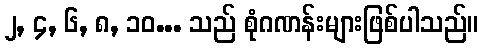
၂, ၄, ၆, ၈, ၁၀... သည် စုံဂဏန်းများဖြစ်ပါသည်။